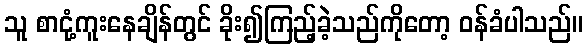
သူ စာငုံ့ကူးနေချိန်တွင် ခိုး၍ကြည့်ခဲ့သည်ကိုတော့ ဝန်ခံပါသည်။